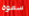
سموه